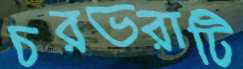
চরভরাটি